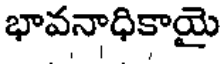
భావనాధికాయై